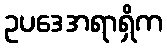
ဥပဒေအရာရှိက